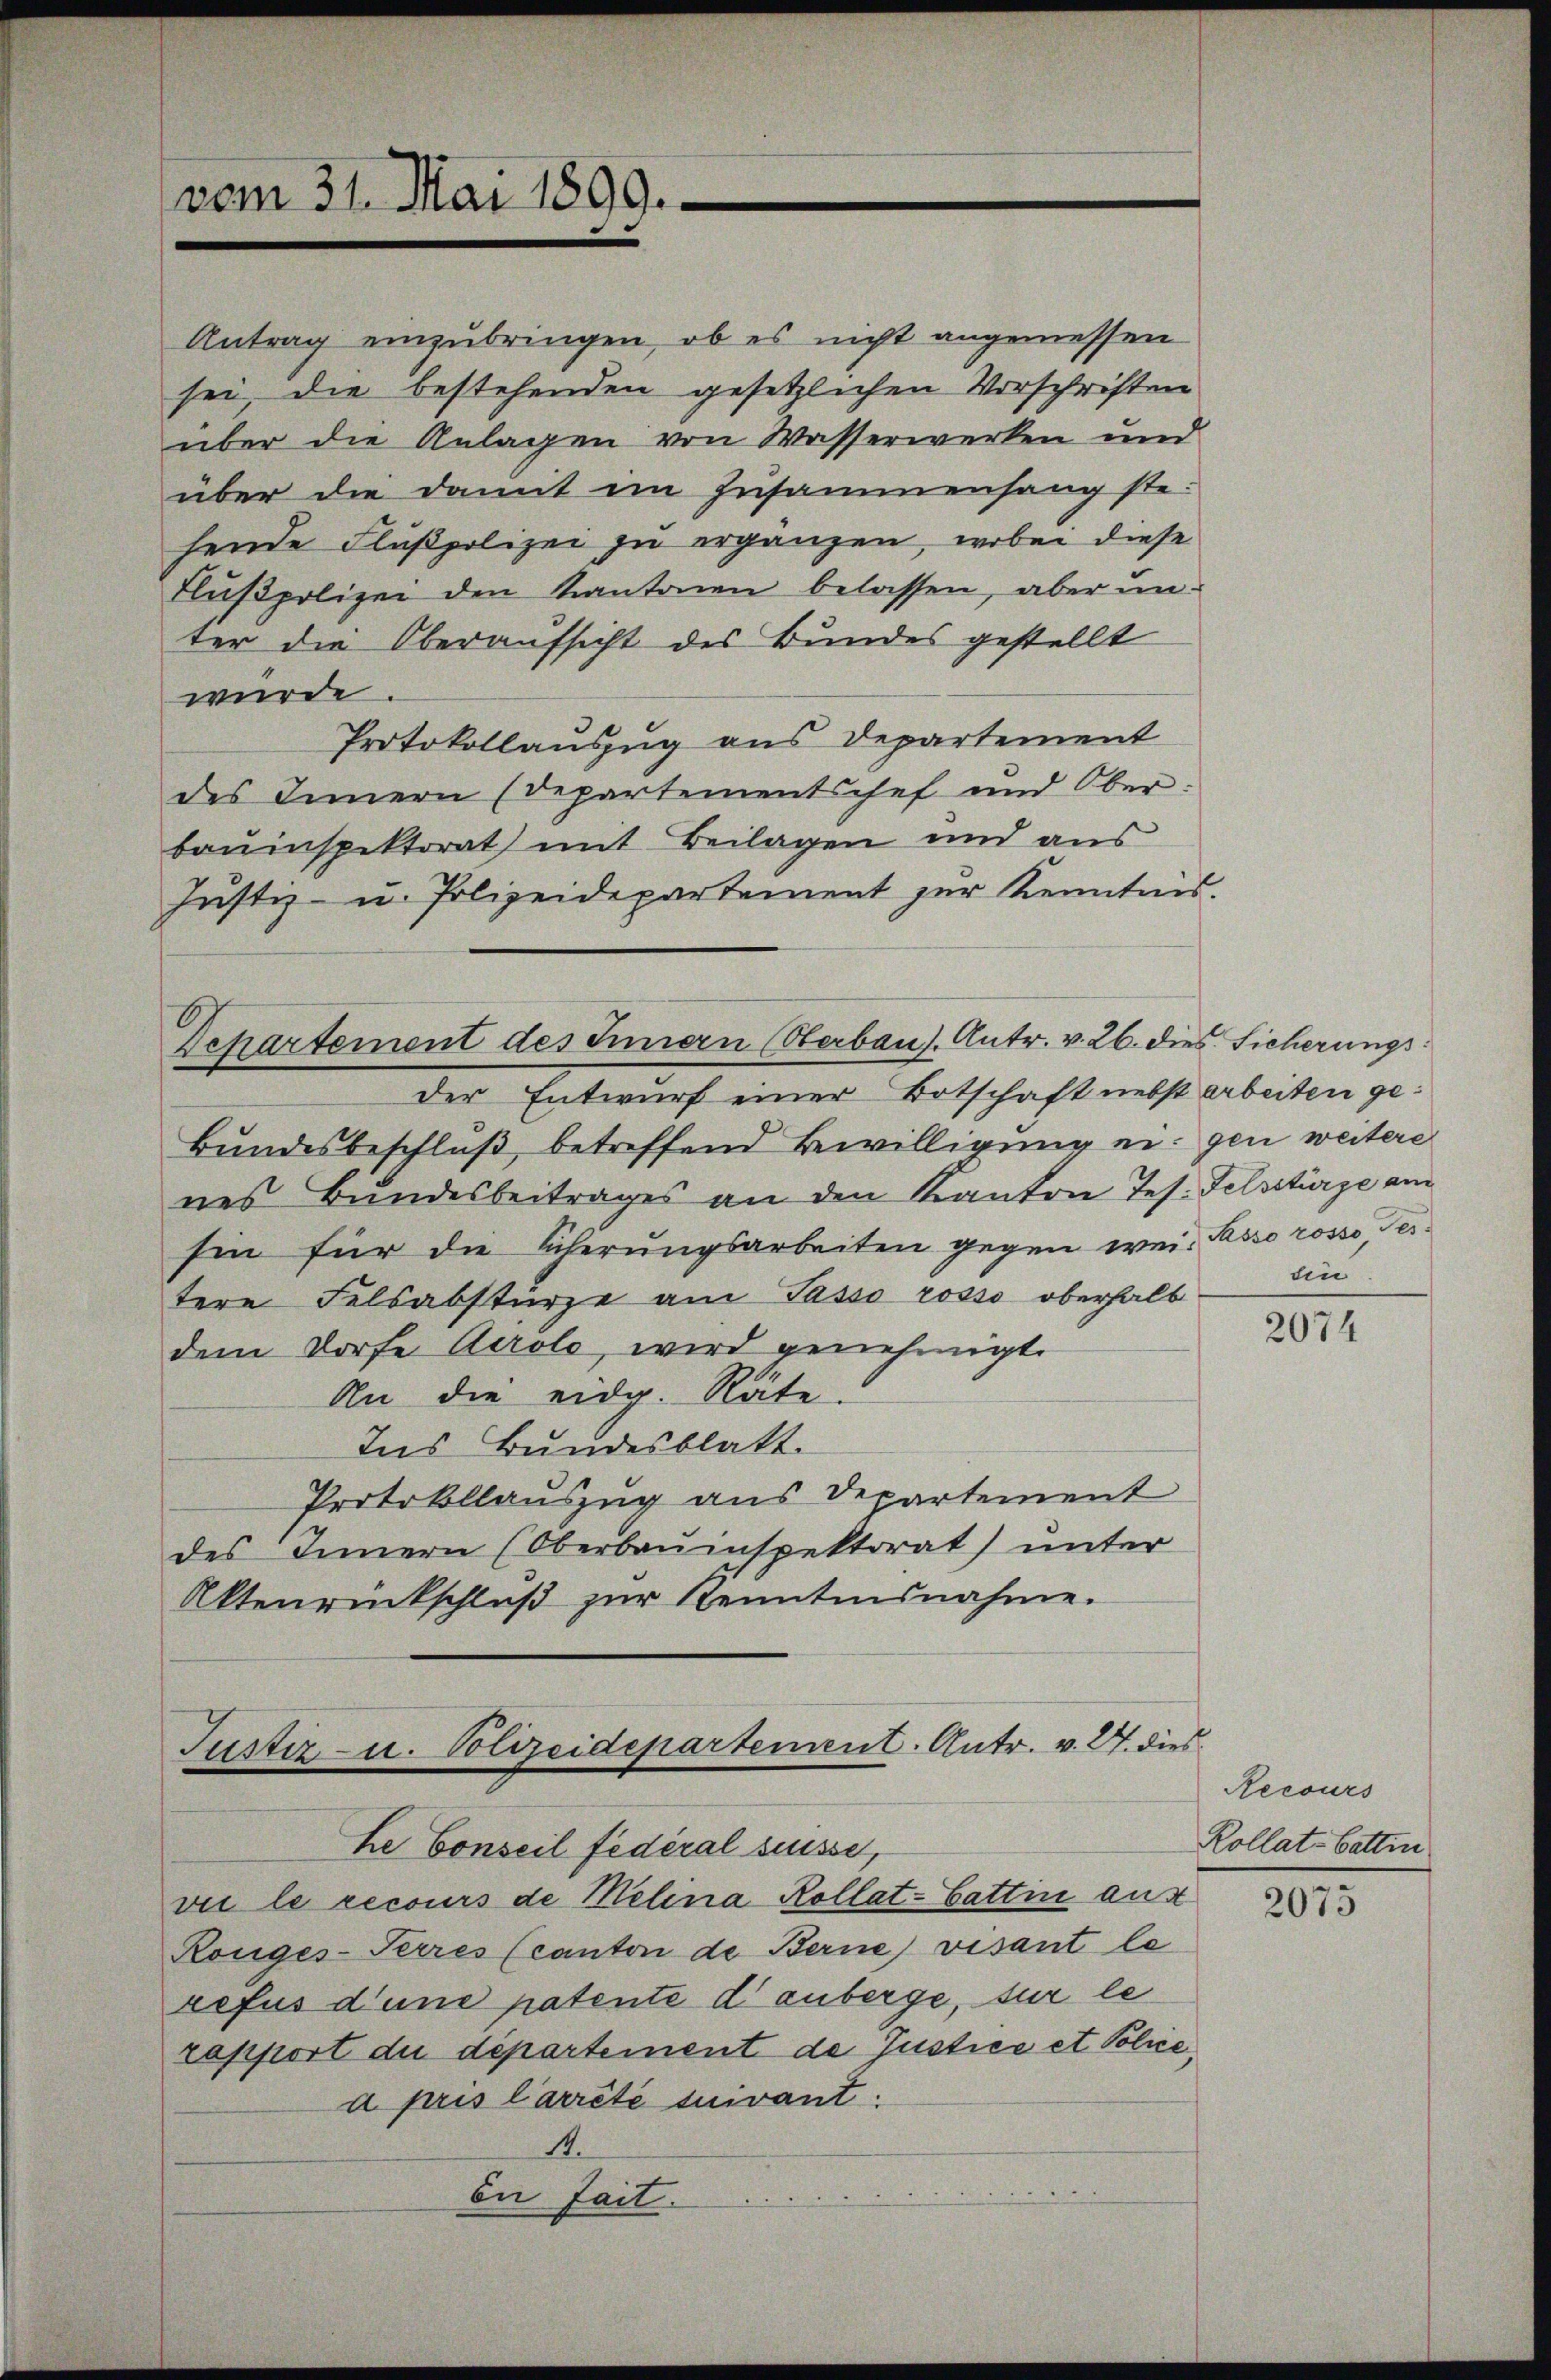
vom 31. Mai 1899.

Antrag einzubringen, ob es nicht angemessen
sei, die bestehenden gesetzlichen Vorschriften
über die Anlagen von Wasserwerken und
über die damit im Zusammenhang ste-
hende Flußpolizei zu ergänzen, wobei diese
Flußpolizei den Kantonen belassen, aber unter die Oberaufsicht des Bundes gestellt
wurde.
Protokollauszug aus Departement
des Innern (Departementschef und Ober
bauinspektorat mit Beilagen und aus
Justiz- u. Polizeidepartement zur Kenntnis.

Departement des Innern (Oberbaus. Antr. v. 26. dies Sicherungs¬

der Entwurf einer Botschaft nebst arbeiten ge¬
Bundesbeschluß, betreffend Bewilligung ein gen weitere
nes Bundesbeitrages an den Kanton Jes. Felsstürze am
sin für die Scherŭngsarbeiten gegen wei- Passo rosso, destere Felsabstürze am Passo rosse oberhalb – die
dem Dorfe Airolo, wird genehmigt.
An die eidg. Räte.
Ins Bundesblatt.
Protokollauszug aus Departement
des Innern (Oberbauinspektorat) unter
Aktenrückschluß zur Kenntnisnahme.

Justiz- u. Polizeidepartement. Antr. v. 24. dies
he Conseil fédéral suisse,
vie le recours de Melina Kollat- Gattin aus

Ronges-Perres (canton de Berne visant le
refus d’une patente danberge, sur le
rapport du département de Justice et Police,
a pris l’arrêté suivant.
14.
Die fait.

2074

Recours
Kollat-Battin

2075